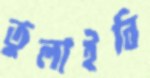
তুলাইবি